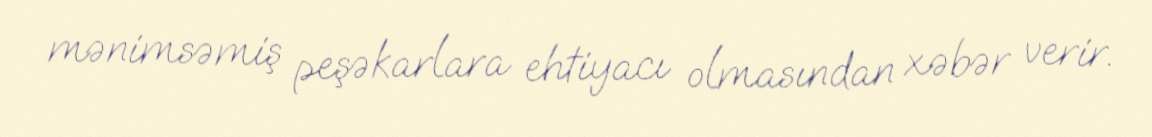
mənimsəmiş peşəkarlara ehtiyacı olmasından xəbər verir.